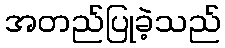
အတည်ပြုခဲ့သည်